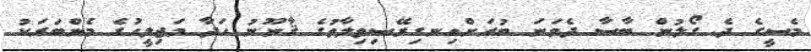
މެސީގެ ދެ ގޯލުން ބާސާ ދެވަނަ ބުރަށްއިނގިރޭސިވިލާތުގެ ޤާނޫނު ހަދާ މަޖިލީހުގެ މެންބަރަކު